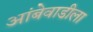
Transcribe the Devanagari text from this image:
आंबेवाडीला